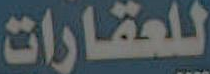
للعقارات